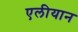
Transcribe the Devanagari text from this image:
एलीयान